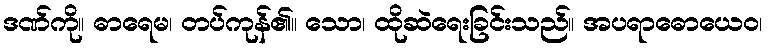
ဒဏ်ကို။ ဓာရေမ၊ တပ်ကုန်၏။ သော၊ ထိုဆဲရေးခြင်းသည်။ အပရာဓောယေဝ၊